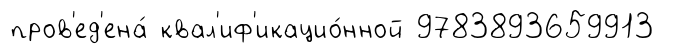
пров'ед'ена́ квал'иф'икацио́нной 9783893659913